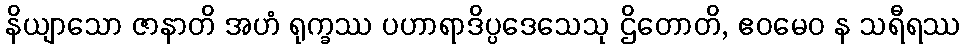
နိယျာသော ဇာနာတိ အဟံ ရုက္ခဿ ပဟာရာဒိပ္ပဒေသေသု ဌိတောတိ, ဧဝမေဝ န သရီရဿ